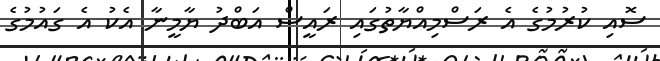
ސޮއި ކުރުމުގެ އެ ރަސްމިއްޔާތުގައި ރައީސް އަބްދު ޔާމީނާ އެކު އެ ގައުމުގެ